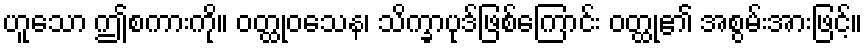
ဟူသော ဤစကားကို။ ဝတ္ထုဝသေန၊ သိက္ခာပုဒ်ဖြစ်ကြောင်း ဝတ္ထု၏ အစွမ်းအားဖြင့်။